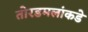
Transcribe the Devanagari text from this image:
तोरडमलांकडे